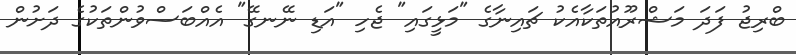
ބްރިޖު ފަދަ މަޝްރޫއުތަކާއެކު ޗައިނާގެ "މަޅީގައި" ޖެހި "އަޑި ނޭނގޭ" އެއްބަސްވުންތަކުގެ ދަށުން